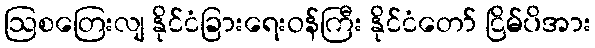
ဩစတြေးလျ နိုင်ငံခြားရေးဝန်ကြီး နိုင်ငံတော် ငြိမ်ပိအား